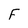
Character: F